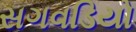
સગવડિયો